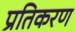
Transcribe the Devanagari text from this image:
प्रतिकरण